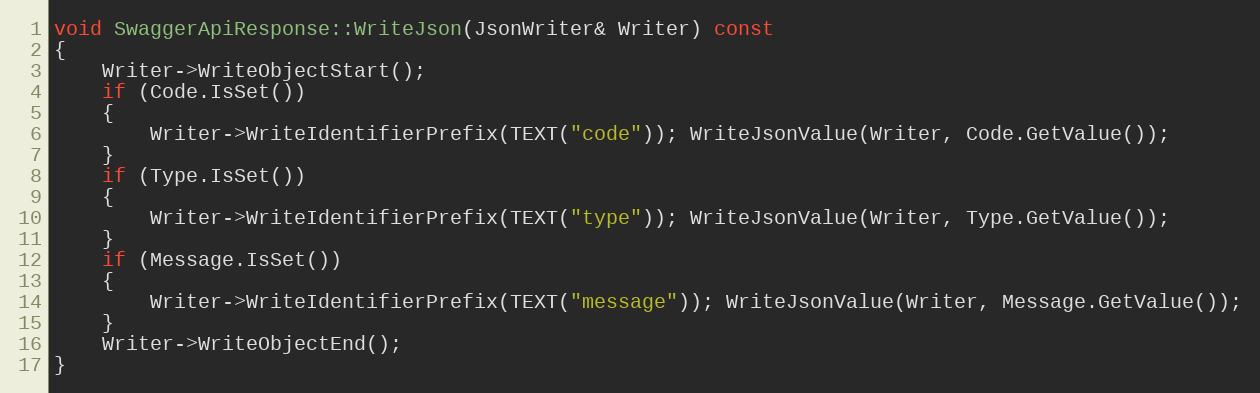
Language: C++
void SwaggerApiResponse::WriteJson(JsonWriter& Writer) const
{
	Writer->WriteObjectStart();
	if (Code.IsSet())
	{
		Writer->WriteIdentifierPrefix(TEXT("code")); WriteJsonValue(Writer, Code.GetValue());
	}
	if (Type.IsSet())
	{
		Writer->WriteIdentifierPrefix(TEXT("type")); WriteJsonValue(Writer, Type.GetValue());
	}
	if (Message.IsSet())
	{
		Writer->WriteIdentifierPrefix(TEXT("message")); WriteJsonValue(Writer, Message.GetValue());
	}
	Writer->WriteObjectEnd();
}